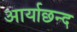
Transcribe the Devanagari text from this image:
आर्याछन्द